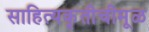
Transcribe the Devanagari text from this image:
साहित्यकृतीचीमूळ